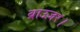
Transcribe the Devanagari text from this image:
ब्राउज़र।